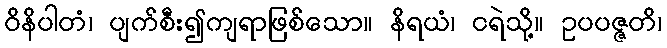
ဝိနိပါတံ၊ ပျက်စီး၍ကျရာဖြစ်သော။ နိရယံ၊ ငရဲသို့။ ဥပပဇ္ဇတိ၊